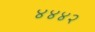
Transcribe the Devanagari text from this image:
४४४२